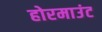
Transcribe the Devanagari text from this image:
होरमाउंट